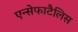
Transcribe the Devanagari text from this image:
एन्सेफाटैलिस